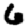
Digit: 6